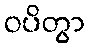
ဝပိတွာ